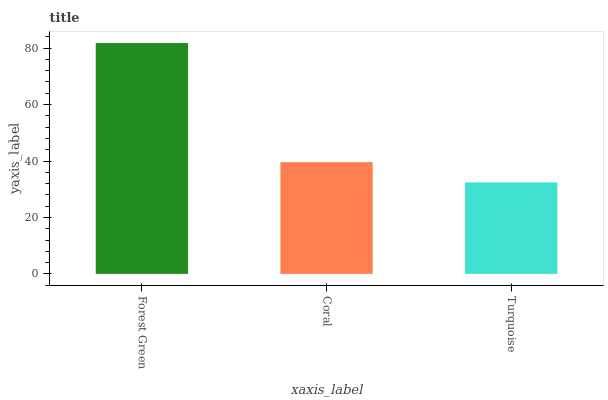
| xaxis_label | bars |
 | --- | --- |
 | Forest Green | 81.8 |
 | Coral | 39.6 |
 | Turquoise | 32.4 |